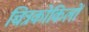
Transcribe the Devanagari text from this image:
चित्रकोकिलों